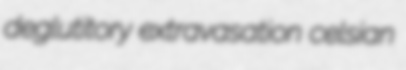
deglutitory extravasation celsian